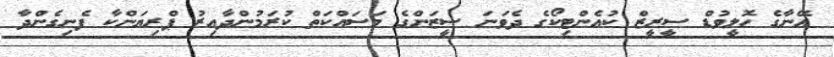
އޭނާގެ ހޮލީވުޑް ސީރީޒް ކުއެންޓިކޯގެ ދެވަނަ ސީޒަންގެ މަސައްކަތް ކުރަމުންދާއިރު ޕްރިޔަންކާ ފެނިގެންދާ